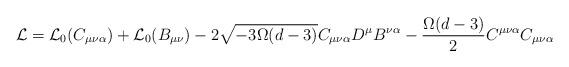
LaTeX: \begin{align*}{\cal L} = {\cal L}_0 (C_{\mu\nu\alpha}) + {\cal L}_0 (B_{\mu\nu}) - 2\sqrt{- 3 \Omega (d-3)} C_{\mu\nu\alpha} D^\mu B^{\nu\alpha} -\frac{\Omega (d-3)}{2} C^{\mu\nu\alpha} C_{\mu\nu\alpha}\end{align*}